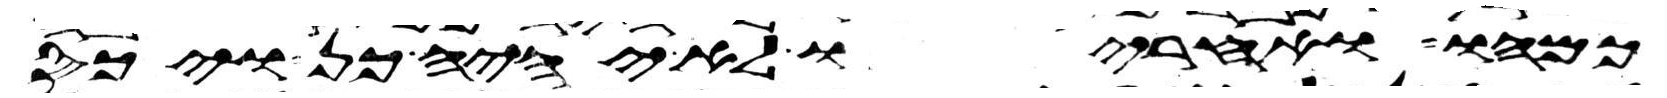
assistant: כמהו ואחריו לא יהיה כן ויכס